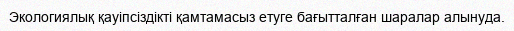
Экологиялық қауіпсіздікті қамтамасыз етуге бағытталған шаралар алынуда.